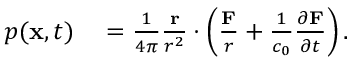
\begin{array} { r l } { p ( \mathbf { x } , t ) } & { { } = \frac { 1 } { 4 \pi } \frac { \mathbf { r } } { r ^ { 2 } } \cdot \left( \frac { \mathbf { F } } { r } + \frac { 1 } { c _ { 0 } } \frac { \partial \mathbf { F } } { \partial t } \right) . } \end{array}